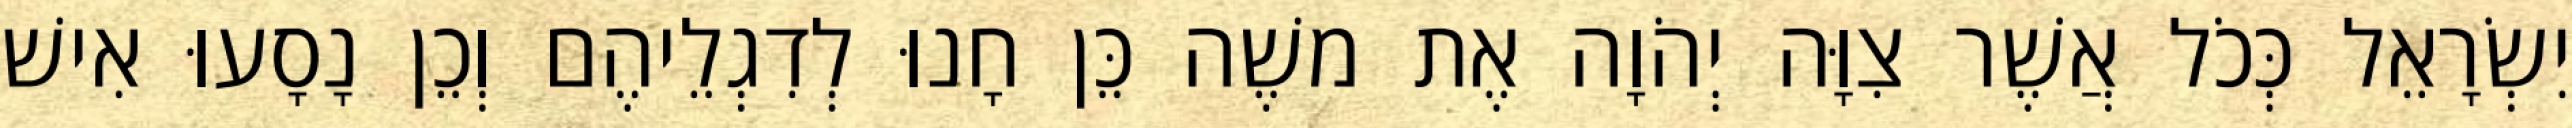
יִשְׂרָאֵל כְּכֹל אֲשֶׁר צִוָּה יְהֹוָה אֶת משֶׁה כֵּן חָנוּ לְדִגְלֵיהֶם וְכֵן נָסָעוּ אִישׁ